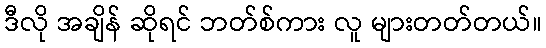
ဒီလို အချိန် ဆိုရင် ဘတ်စ်ကား လူ များတတ်တယ်။